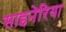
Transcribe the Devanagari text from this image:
साइनेरिया